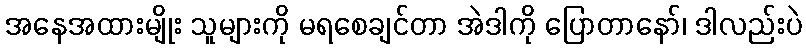
အနေအထားမျိုး သူများကို မရစေချင်တာ အဲဒါကို ပြောတာနော်၊ ဒါလည်းပဲ